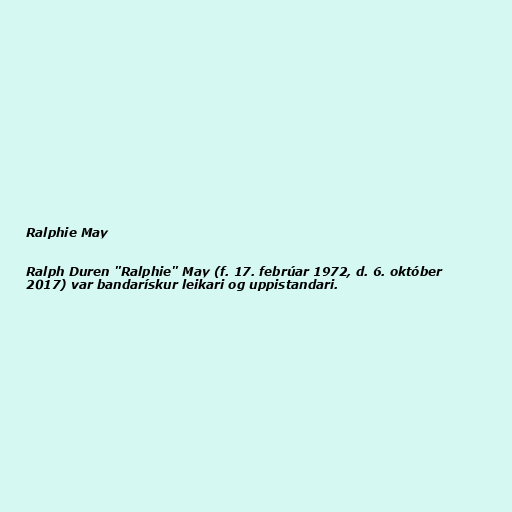
Ralphie May

Ralph Duren "Ralphie" May (f. 17. febrúar 1972, d. 6. október
2017) var bandarískur leikari og uppistandari.